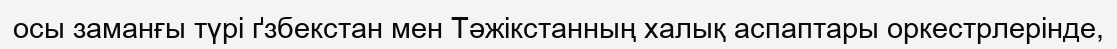
осы заманғы түрі ґзбекстан мен Тәжікстанның халық аспаптары оркестрлерінде,